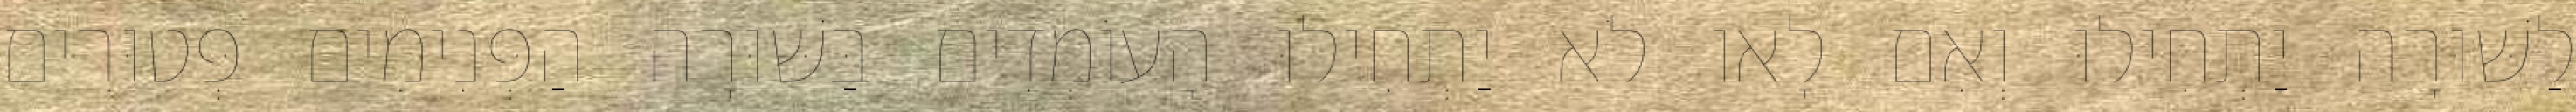
לַשּׁוּרָה יַתְחִילוּ וְאִם לָאו לֹא יַתְחִילוּ הָעוֹמְדִים בַּשּׁוּרָה הַפְּנִימִים פְּטוּרִים